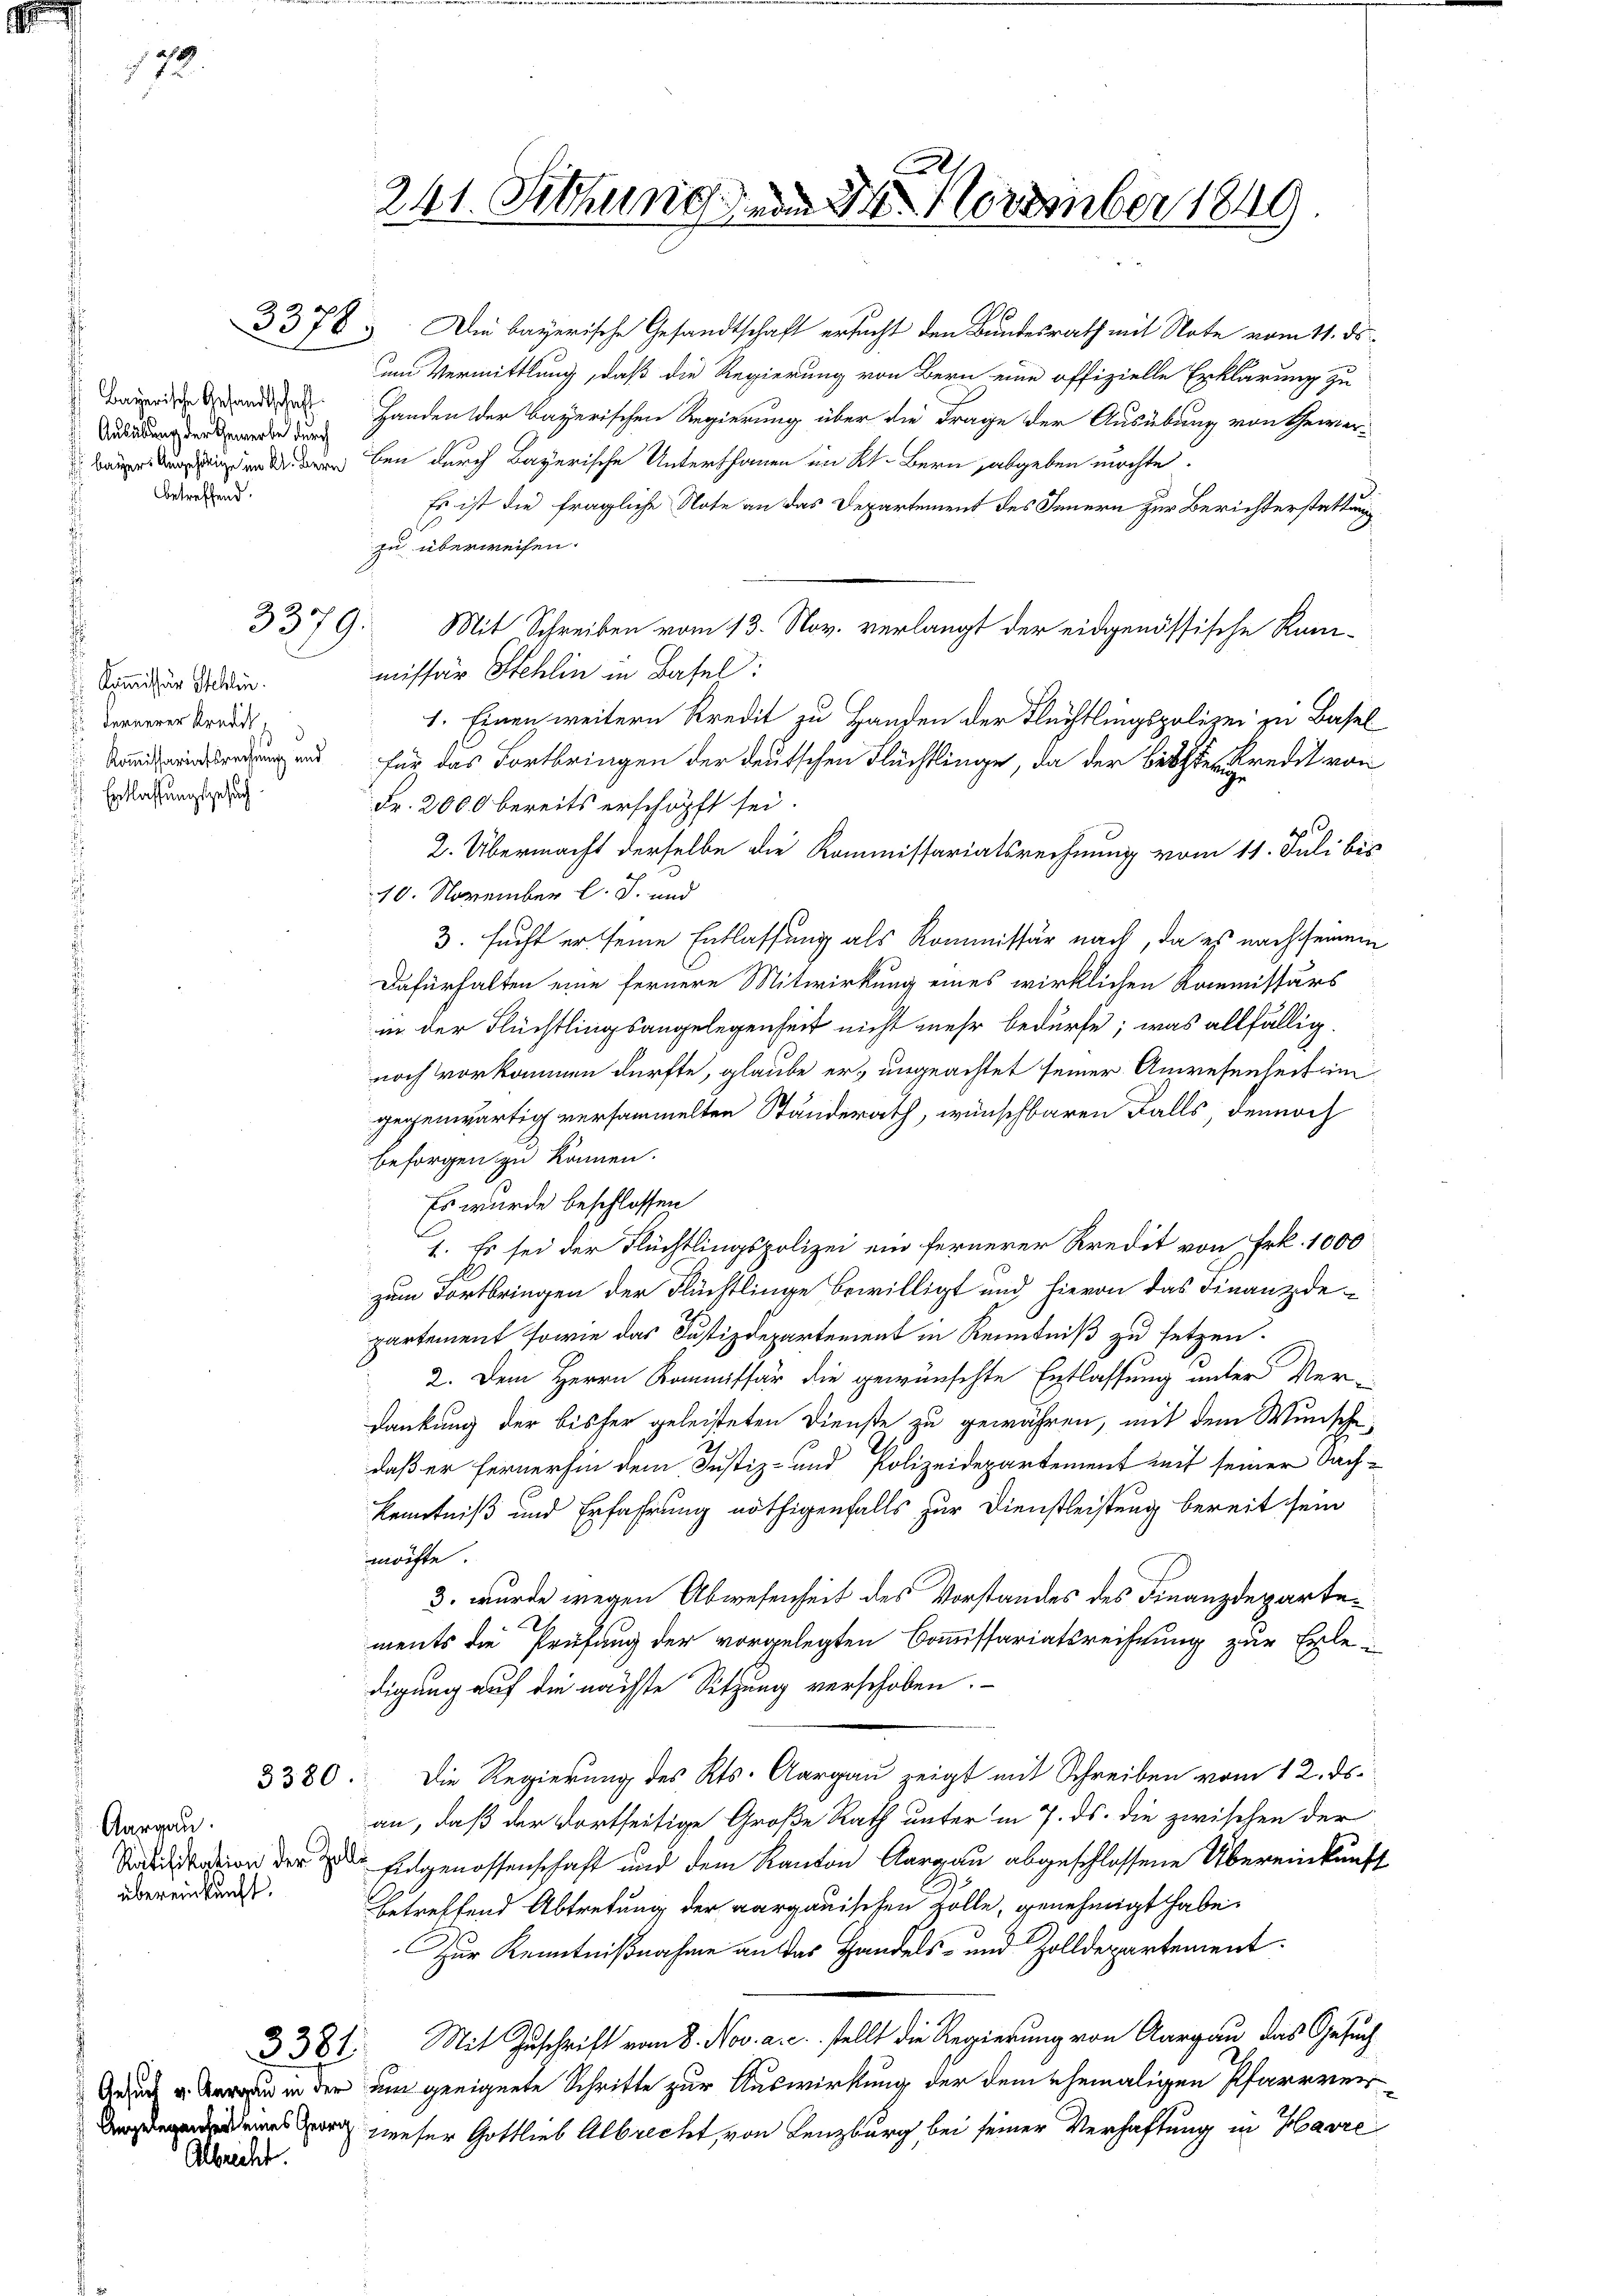
72

Bayerische Gesandtschaft.
Ausübung der Gewerbe durch
 Bayer: Angehörige im Al. Bern
betreffend.

19

3379.

Kommissär Schlen.
 Fernerer Kredit
Kom̅issariatsweisung und
Entlassungsgesuch

. Aargau.
übereinkunft.

Mit Schreiben vom 13. Nov. verlangt der eidgenössische Kem¬
1. Einen weitern Kredit zu Handen der Flüchtlingspolizei zu Basel
für das Fortbringen der deutschen Flüchtlinge, da der besterkredit von
Fr. 2000 bereits erschöpft sei.
2. Übermacht derselbe die Kommissariatsrechnung vom 11. Juli bis
10. November l. J. und
3. sucht er seine Entlassung als Kommissär nach, da es nach seinem
Dafürhalten eine fernere Mitwirkung eines wirklichen Kommissärs
in der Flüchtlingsangelegenheit nicht mehr bedürfe; was allfällig.
noch vorkommen dürfte, glaube er- ungeachtet seiner Anwesenheit im
gegenwärtig versammelten Ständerath, wünschbaren Falls dennoch
besorgen zu können.
Es wurde beschlossen
1. Es sei der Flüchtlingspolizei ein fernerer Kredit von Frk. 1000
zum Fortbringen der Flüchtlinge bewilligt und hievon das Finanzdepartement sowie das Justizdepartement in Kenntniß zu setzen.
2. Dem Herrn Kommissär die gewünschte Entlassung unter Verdankung der bisher geleisteten Dienste zu gewähren, mit dem Wunsche
daß er fernerhin dem Justiz- und Polizeidepartement mit seiner Sach¬
Kenntniß und Erfahrung nöthigenfalls zur Dienstleistung bereit sein
möchte
3. wurde wegen Abwesenheit des Vorstandes des Finanzdepartements die Prüfung der vorgelegten Commissariatsrechnung zur Erledigung auf die nächste Sitzung verschoben.
3380. Die Regierung des Kts. Aargau zeigt mit Schreiben vom 12. ds.
an, daß der dortseitige Große Rath unter in 7. ds. die zwischen der
o der die Eingenossenschaft und dem Kanton Aargau abgeschlossene Übereinkunft
betreffend Abtretung der aargauischen Zolle, genehmigt habe.
Zur Kenntnißnahme an das Handels- und Zolldepartement
§381. Mit Zuschrift vom 8. Nov. a. c. stellt die Regierung von Aargau das Gesuch
u in der um geeignete Schritte zur Auswirkung der dem ehemaligen Pfarrver¬
und der weser Gottlieb Albrecht, von Lenzburg bei seiner Verhaftung in Harze

241. Sitzung vom 22. November 1849

missar Stehlin in Basel:

33703: Die bayerische Gesandtschaft ersucht den Bundesrath mit Note vom 11. ds.
und Vermittlung, daß die Regierung von Bern eine offizielle Erklärung zu
Handen der bayerischen Regierung über die Frage der Ausübung von Gewer-
ben durch Bayerische Unterschauen im Kt. Bern abgeben möchte.
Es ist die fragliche Note an das Departement des Innern zur Berichterstattung
zu überweisen.